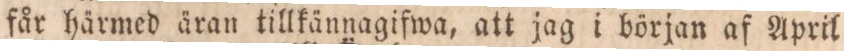
får härmed äran tillkännagifwa, att jag i början af April